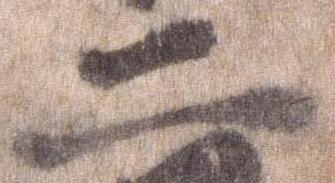
二